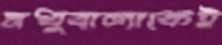
মধুবালাকেই